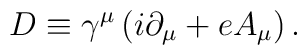
D\equiv \gamma ^\mu \left( i\partial _\mu +eA_\mu\right) .